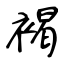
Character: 褐